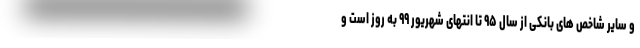
و سایر شاخص های بانکی از سال ۹۵ تا انتهای شهریور ۹۹ به روز است و